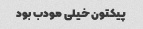
پیکتون خیلی مودب بود